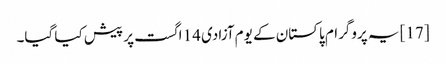
[17] یہ پروگرام پاکستان کے یوم آزادی 14 اگست پر پیش کیا گیا۔